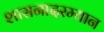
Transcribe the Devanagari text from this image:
शासनादरम्यान